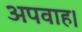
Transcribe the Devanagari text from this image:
अपवाह।